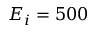
E _ { i } = 5 0 0